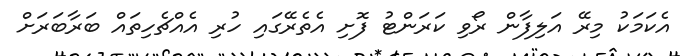
އެކަމަކު މިރޭ އަލިފާން ރޯވި ކަރަންޓު ފޮށި އެތެެރޭގައި ހުރި އެއްޗެހިތައް ބަރާބަރަށް